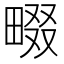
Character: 畷